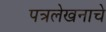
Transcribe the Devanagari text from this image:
पत्रलेखनाचे